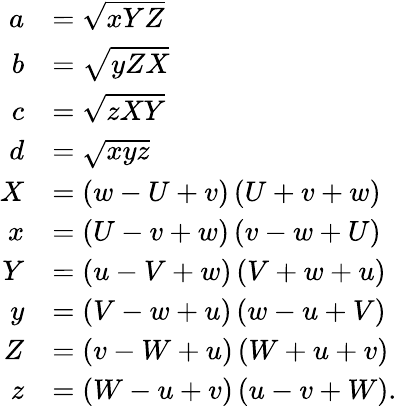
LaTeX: {\begin{array}{rl}{a}&{={\sqrt{xYZ}}}\\ {b}&{={\sqrt{yZX}}}\\ {c}&{={\sqrt{zXY}}}\\ {d}&{={\sqrt{xyz}}}\\ {X}&{=(w-U+v)\, (U+v+w)}\\ {x}&{=(U-v+w)\, (v-w+U)}\\ {Y}&{=(u-V+w)\, (V+w+u)}\\ {y}&{=(V-w+u)\, (w-u+V)}\\ {Z}&{=(v-W+u)\, (W+u+v)}\\ {z}&{=(W-u+v)\, (u-v+W).}\end{array}}